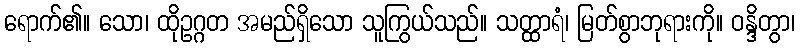
ရောက်၏။ သော၊ ထိုဥဂ္ဂတ အမည်ရှိသော သူကြွယ်သည်။ သတ္ထာရံ၊ မြတ်စွာဘုရားကို။ ဝန္ဒိတွာ၊